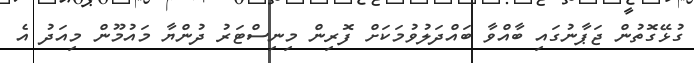
ގުޅޭގޮތުން ޖަޕާނުގައި ބާއްވާ ބައްދަލުވުމަކަށް ފޮރިން މިނިސްޓަރު ދުންޔާ މައުމޫން މިއަދު އެ